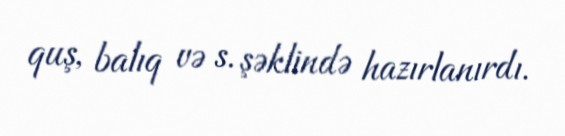
quş, balıq və s. şəklində hazırlanırdı.